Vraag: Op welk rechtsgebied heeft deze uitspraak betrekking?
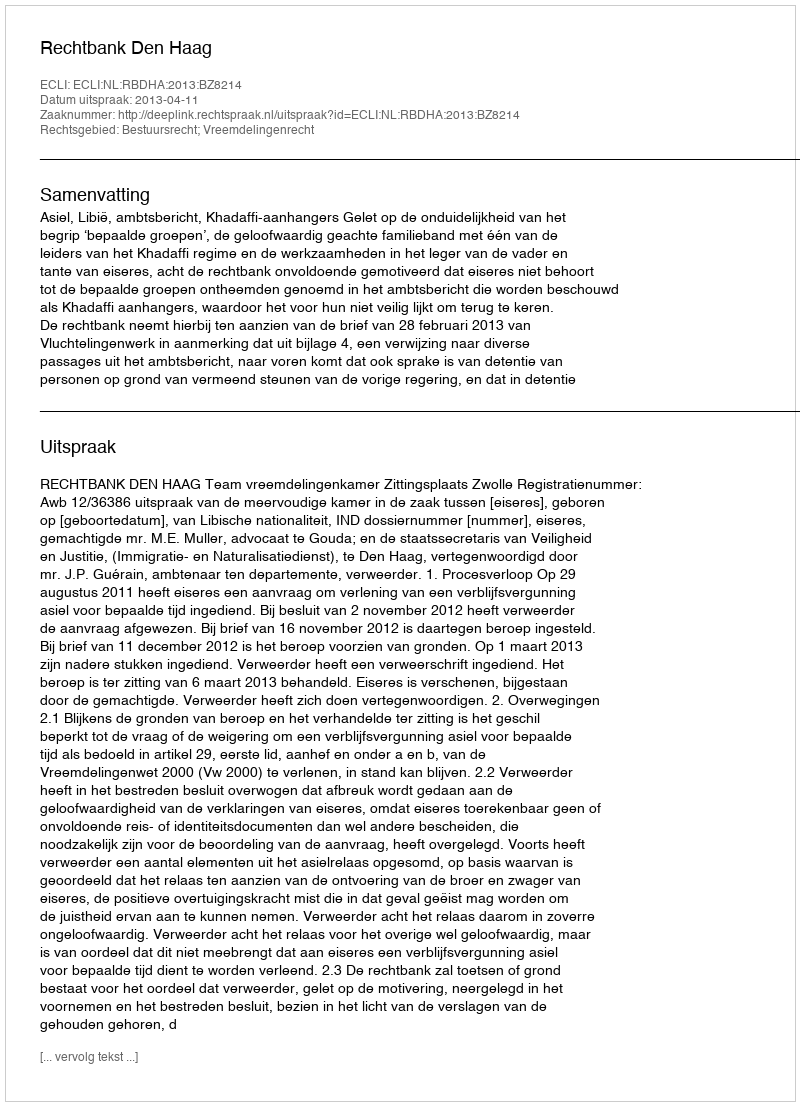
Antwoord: Bestuursrecht; Vreemdelingenrecht